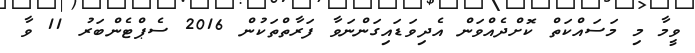
ވީމާ މި މަސައްކަތް ކޮށްދެއްވަން އެދިވަޑައިގަންނަވާ ފަރާތްތަކުން 2016 ސެޕްޓެންބަރު 11 ވާ